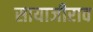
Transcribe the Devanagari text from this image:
सायाजीराव